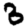
Digit: 3